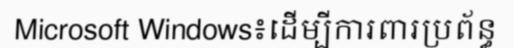
Microsoft Windows៖ដើម្បីការពារប្រព័ន្ធ